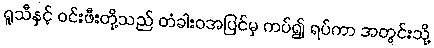
ရူသီနှင့် ဝင်းဖီးတို့သည် တံခါးဝအပြင်မှ ကပ်၍ ရပ်ကာ အတွင်းသို့